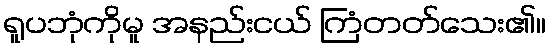
ရူပဘုံကိုမူ အနည်းငယ် ကြံတတ်သေး၏။